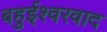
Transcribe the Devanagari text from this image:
बहुईश्वरवाद